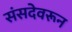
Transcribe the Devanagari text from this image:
संसदेवरून